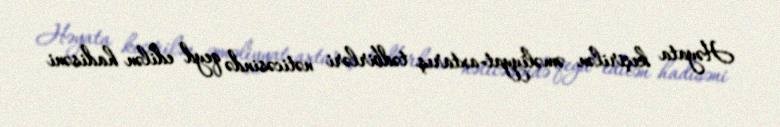
Həyata keçirilən əməliyyat-axtarış tədbirləri nəticəsində qeyd edilən hadisəni